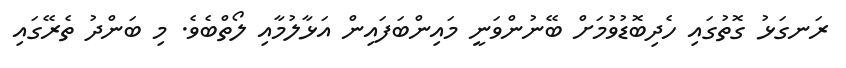
ރަނގަޅު ގޮތުގައި ހެދިބޮޑުވުމަށް ބޭނުންވަނީ މައިންބަފައިން އަޅާލުމާއި ލޯތްބެވެ. މި ބަންދު ތެރޭގައި